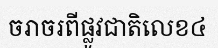
ចរាចរពីផ្លូវជាតិលេខ៤